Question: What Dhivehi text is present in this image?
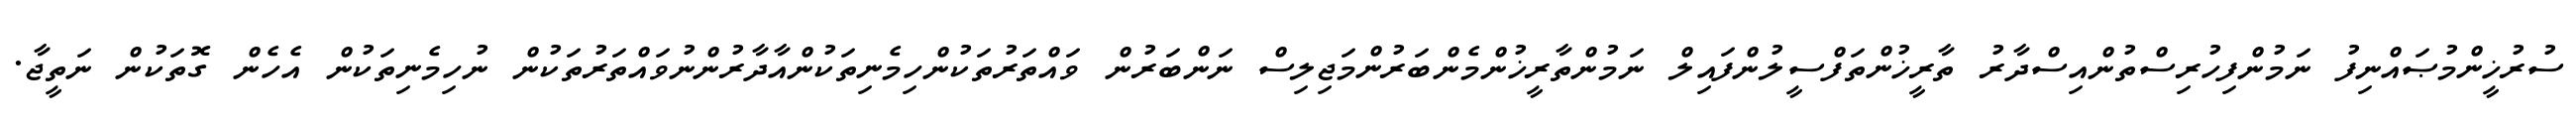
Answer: ސުރުޚީންމުޞައްނިފު ނަމުންފިހުރިސްތުންއިސްދާރު ތާރީޚުންތަފްސީލުންފައިލް ނަމުންތާރީޚުންމެންބަރުންމަޖިލިސް ނަންބަރުން ވައްތަރުތަކުންހިމެނިތަކުންއާދާރުންނުވައްތަރުތަކުން ނުހިމެނިތަކުން އެހެން ގޮތަކުން ނަތީޖާ.